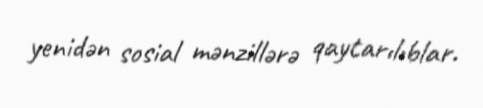
yenidən sosial mənzillərə qaytarılıblar.